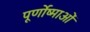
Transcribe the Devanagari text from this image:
पूर्णोष्माओं